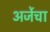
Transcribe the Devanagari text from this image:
अर्जेचा